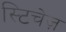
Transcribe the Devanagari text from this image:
स्टिचेज़